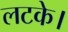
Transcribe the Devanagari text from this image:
लटके।